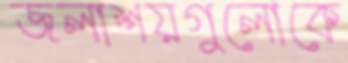
জলাশয়গুলোকে